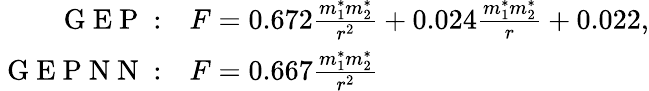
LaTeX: \begin{array}{rl}{\mathrm{~G~E~P~}:}&{{}F=0.672\frac{m_{1}^{*}m_{2}^{*}}{r^{2}}+0.024\frac{m_{1}^{*}m_{2}^{*}}{r}+0.022,}\\ {\mathrm{~G~E~P~N~N~}:}&{{}F=0.667\frac{m_{1}^{*}m_{2}^{*}}{r^{2}}}\end{array}